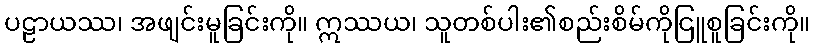
ပဠာယဿ၊ အဖျင်းမူခြင်းကို။ ဣဿယ၊ သူတစ်ပါး၏စည်းစိမ်ကိုငြူစူခြင်းကို။